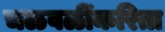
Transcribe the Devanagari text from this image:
चळवळींकरिता